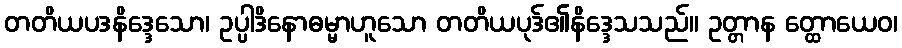
တတိယပဒနိဒ္ဒေသော၊ ဥပ္ပါဒိနောဓမ္မာဟူသော တတိယပုဒ်၏နိဒ္ဒေသသည်။ ဥတ္တာန တ္ထောယေဝ၊